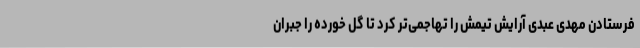
فرستادن مهدی عبدی آرایش تیمش را تهاجمی‌تر کرد تا گل خورده را جبران